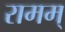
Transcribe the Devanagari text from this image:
रामम्